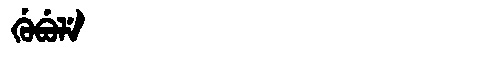
Manchu: ᡤᡠᠪᡠᠯᡝ
Romanization: GUBULE